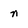
Character: n